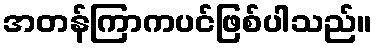
အတန်ကြာကပင်ဖြစ်ပါသည်။